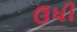
ઉધી